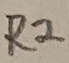
Text: R2